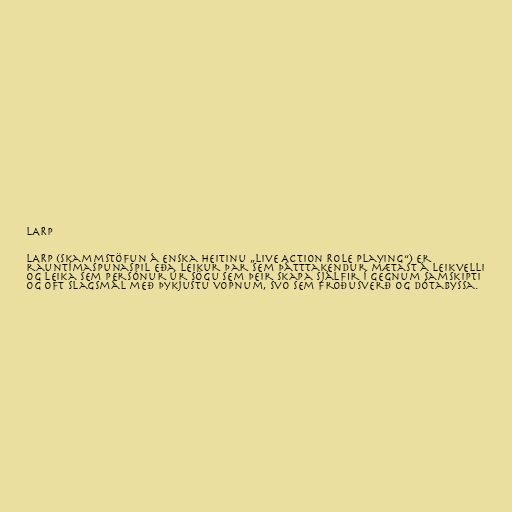
LARP

LARP (skammstöfun á enska heitinu „Live Action Role Playing“) er
rauntímaspunaspil eða leikur þar sem þátttakendur mætast á leikvelli
og leika sem persónur úr sögu sem þeir skapa sjálfir í gegnum samskipti
og oft slagsmál með þykjustu vopnum, svo sem froðusverð og dótabyssa.